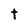
Character: t